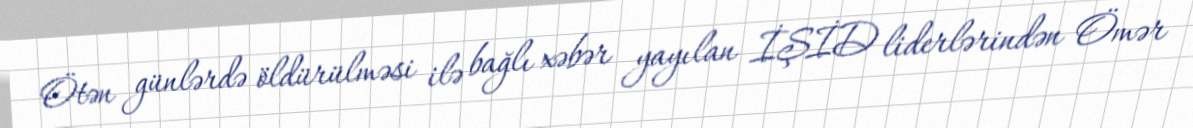
Ötən günlərdə öldürülməsi ilə bağlı xəbər yayılan İŞİD liderlərindən Ömər